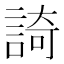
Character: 䛴